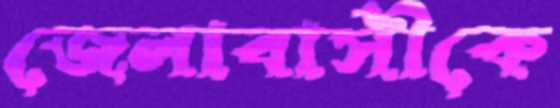
জেলাবাসীকে